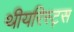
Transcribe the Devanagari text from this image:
थीयरिस्ट्स